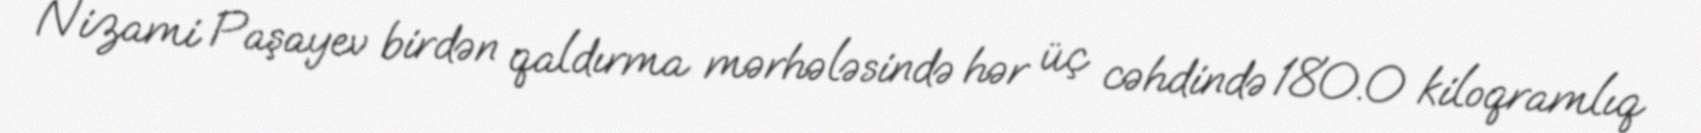
Nizami Paşayev birdən qaldırma mərhələsində hər üç cəhdində 180.0 kiloqramlıq